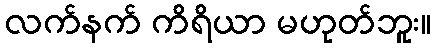
လက်နက် ကိရိယာ မဟုတ်ဘူး။